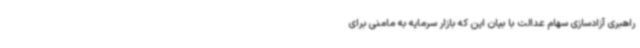
راهبری آزادسازی سهام عدالت با بیان این که بازار سرمایه به مامنی برای